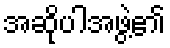
အဆိုပါအဖွဲ့၏